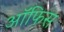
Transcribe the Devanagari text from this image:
आॅफिस